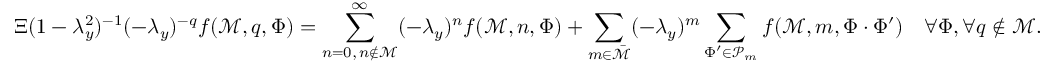
\Xi ( 1 - \lambda _ { y } ^ { 2 } ) ^ { - 1 } ( - \lambda _ { y } ) ^ { - q } f ( \mathcal { M } , q , \Phi ) = \sum _ { \substack { n = 0 , \, n \notin \mathcal { M } } } ^ { \infty } ( - \lambda _ { y } ) ^ { n } f ( \mathcal { M } , n , \Phi ) + \sum _ { m \in \bar { \mathcal { M } } } ( - \lambda _ { y } ) ^ { m } \sum _ { \Phi ^ { \prime } \in \mathcal { P } _ { m } } f ( \mathcal { M } , m , \Phi \cdot \Phi ^ { \prime } ) \quad \forall \Phi , \forall q \notin \mathcal { M } .